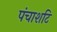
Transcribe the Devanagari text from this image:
पंचाशटि